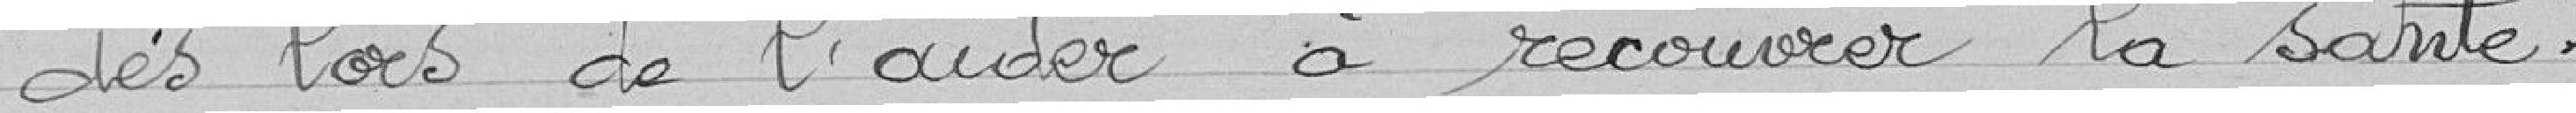
dès lors de l'aider à recouvrer la santé.